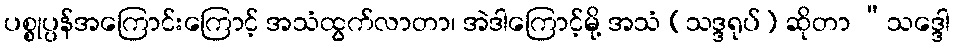
ပစ္စုပ္ပန်အကြောင်းကြောင့် အသံထွက်လာတာ၊ အဲဒါကြောင့်မို့ အသံ (သဒ္ဒရုပ်) ဆိုတာ “သဒ္ဒေါ